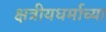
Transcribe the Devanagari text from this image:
क्षत्रीयधर्माच्या